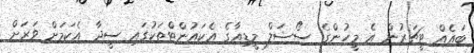
ބައެއް ޓީޗަރުން އެ މީހުންގެ ސޯޝަލް މީޑިއާގެ އެކައުންޓްތަކުގައި ސީދާ އެކަމަށް ވަރަށް